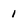
Character: 1